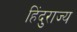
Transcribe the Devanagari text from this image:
हिंदुराज्य